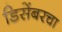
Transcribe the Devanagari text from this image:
डिसेंबरचा